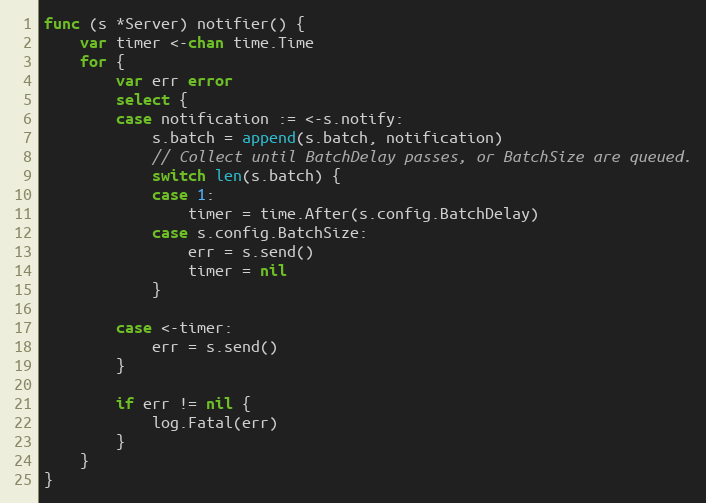
Language: Go
func (s *Server) notifier() {
	var timer <-chan time.Time
	for {
		var err error
		select {
		case notification := <-s.notify:
			s.batch = append(s.batch, notification)
			// Collect until BatchDelay passes, or BatchSize are queued.
			switch len(s.batch) {
			case 1:
				timer = time.After(s.config.BatchDelay)
			case s.config.BatchSize:
				err = s.send()
				timer = nil
			}

		case <-timer:
			err = s.send()
		}

		if err != nil {
			log.Fatal(err)
		}
	}
}